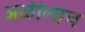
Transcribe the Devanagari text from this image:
अळीलाच